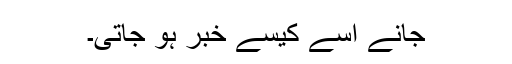
جانے اسے کیسے خبر ہو جاتی۔